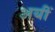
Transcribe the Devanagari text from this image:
अयीं